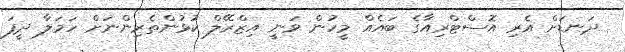
ދަނޑަށް އެރި އޮސްޓްރިއާގެ ބައެއް މީހުން ވަނީ އިޒްރޭލް ކުޅުންތެރިންނަށް ހަމަލާ ދީފަ